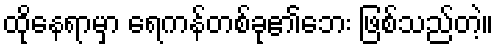
ထိုနေရာမှာ ရေကန်တစ်ခု၏ဘေး ဖြစ်သည်တဲ့။